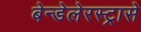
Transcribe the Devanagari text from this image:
बेन्डेलेरस्ट्रासे